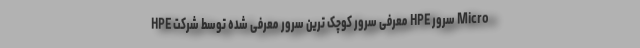
HPE معرفی سرور کوچک ترین سرور معرفی شده توسط شرکت HPE سرور Micro